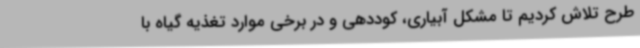
طرح تلاش کردیم تا مشکل آبیاری، کوددهی و در برخی موارد تغذیه گیاه با